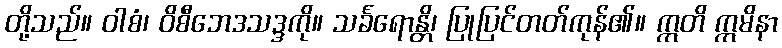
တို့သည်။ ဝါစံ၊ ဝိစီဘေဒသဒ္ဒကို။ သင်္ခရောန္တိ၊ ပြုပြင်တတ်ကုန်၏။ ဣတိ ဣမိနာ